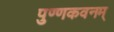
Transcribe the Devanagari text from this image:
पुण्णकवनम्